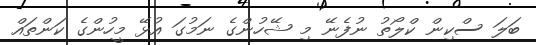
ބަލަ ސްކިން ކްލޯތު ނުފެނޭ މި ޝޭހުންގެ ނަމުގަ އުޅޭ މީހުންގެ ކަންތައް